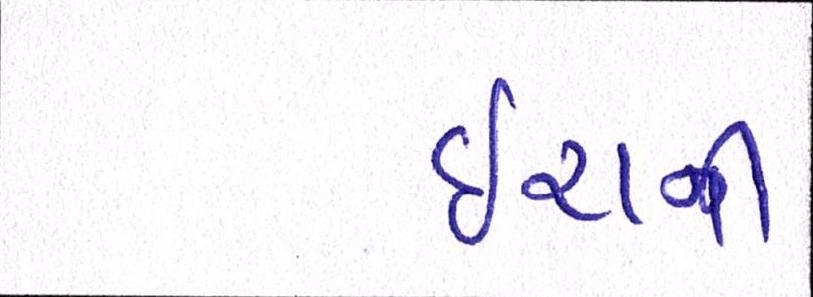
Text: ઈરાની